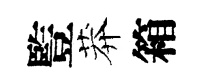
䜿莽箱